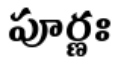
పూర్ణః